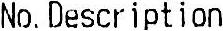
NO. DESCRIPTION